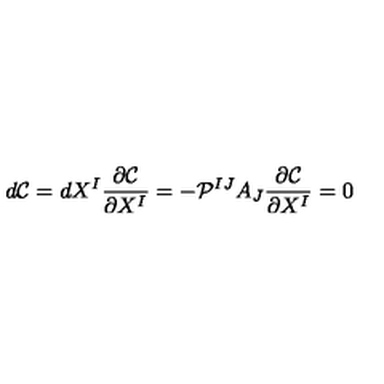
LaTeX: d \mathcal { C } = d X ^ { I } \frac { \partial \mathcal { C } } { \partial X ^ { I } } = - \mathcal { P } ^ { I J } A _ { J } \frac { \partial \mathcal { C } } { \partial X ^ { I } } = 0